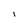
Character: l